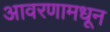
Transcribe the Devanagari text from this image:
आवरणामधून